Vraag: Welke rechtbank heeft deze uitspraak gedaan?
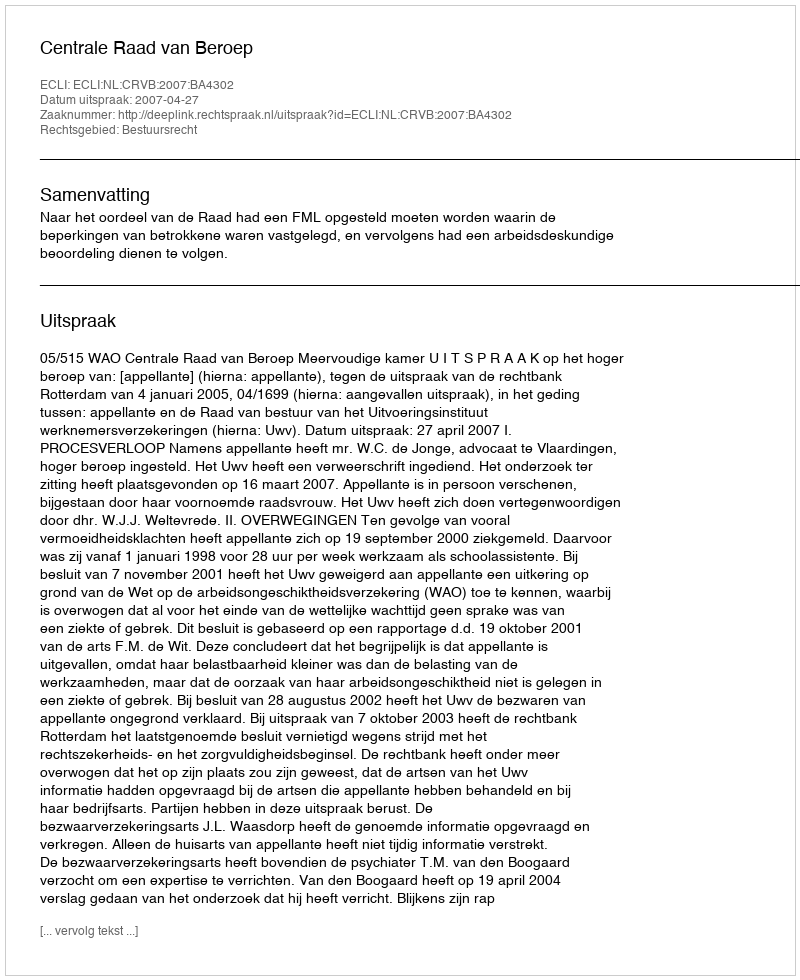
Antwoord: Centrale Raad van Beroep